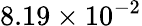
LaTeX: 8.19\times 10^{-2}